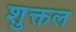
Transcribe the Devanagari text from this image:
शुक्तल